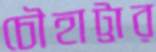
চৌহাট্টার